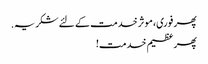
پھر فوری، موثر خدمت کے لئے شکریہ.
پھر عظیم خدمت!